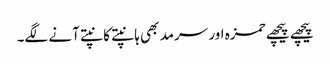
پیچھے پیچھے حمزہ اور سرمد بھی ہانپتے کانپتے آنے لگے۔